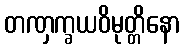
တဏှက္ခယဝိမုတ္တိနော